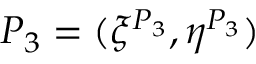
P _ { 3 } = ( \xi ^ { P _ { 3 } } , \eta ^ { P _ { 3 } } )